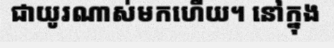
ជាយូរណាស់មកហើយ។ នៅក្នុង